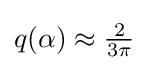
{\textstyle q(\alpha )\approx {\frac {2}{3\pi }}}